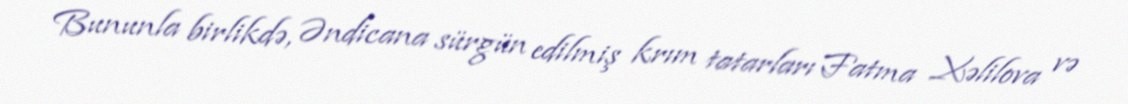
Bununla birlikdə, Əndicana sürgün edilmiş krım tatarları Fatma Xəlilova və